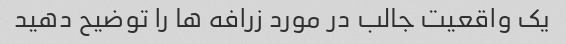
یک واقعیت جالب در مورد زرافه ها را توضیح دهید